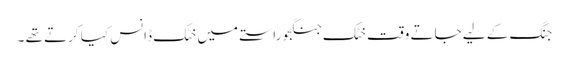
جنگ کے لیے جاتے وقت خٹک جنگجو راستے میں خٹک ڈانس کیا کرتے تھے ۔